Juri_Uluots, lk 22
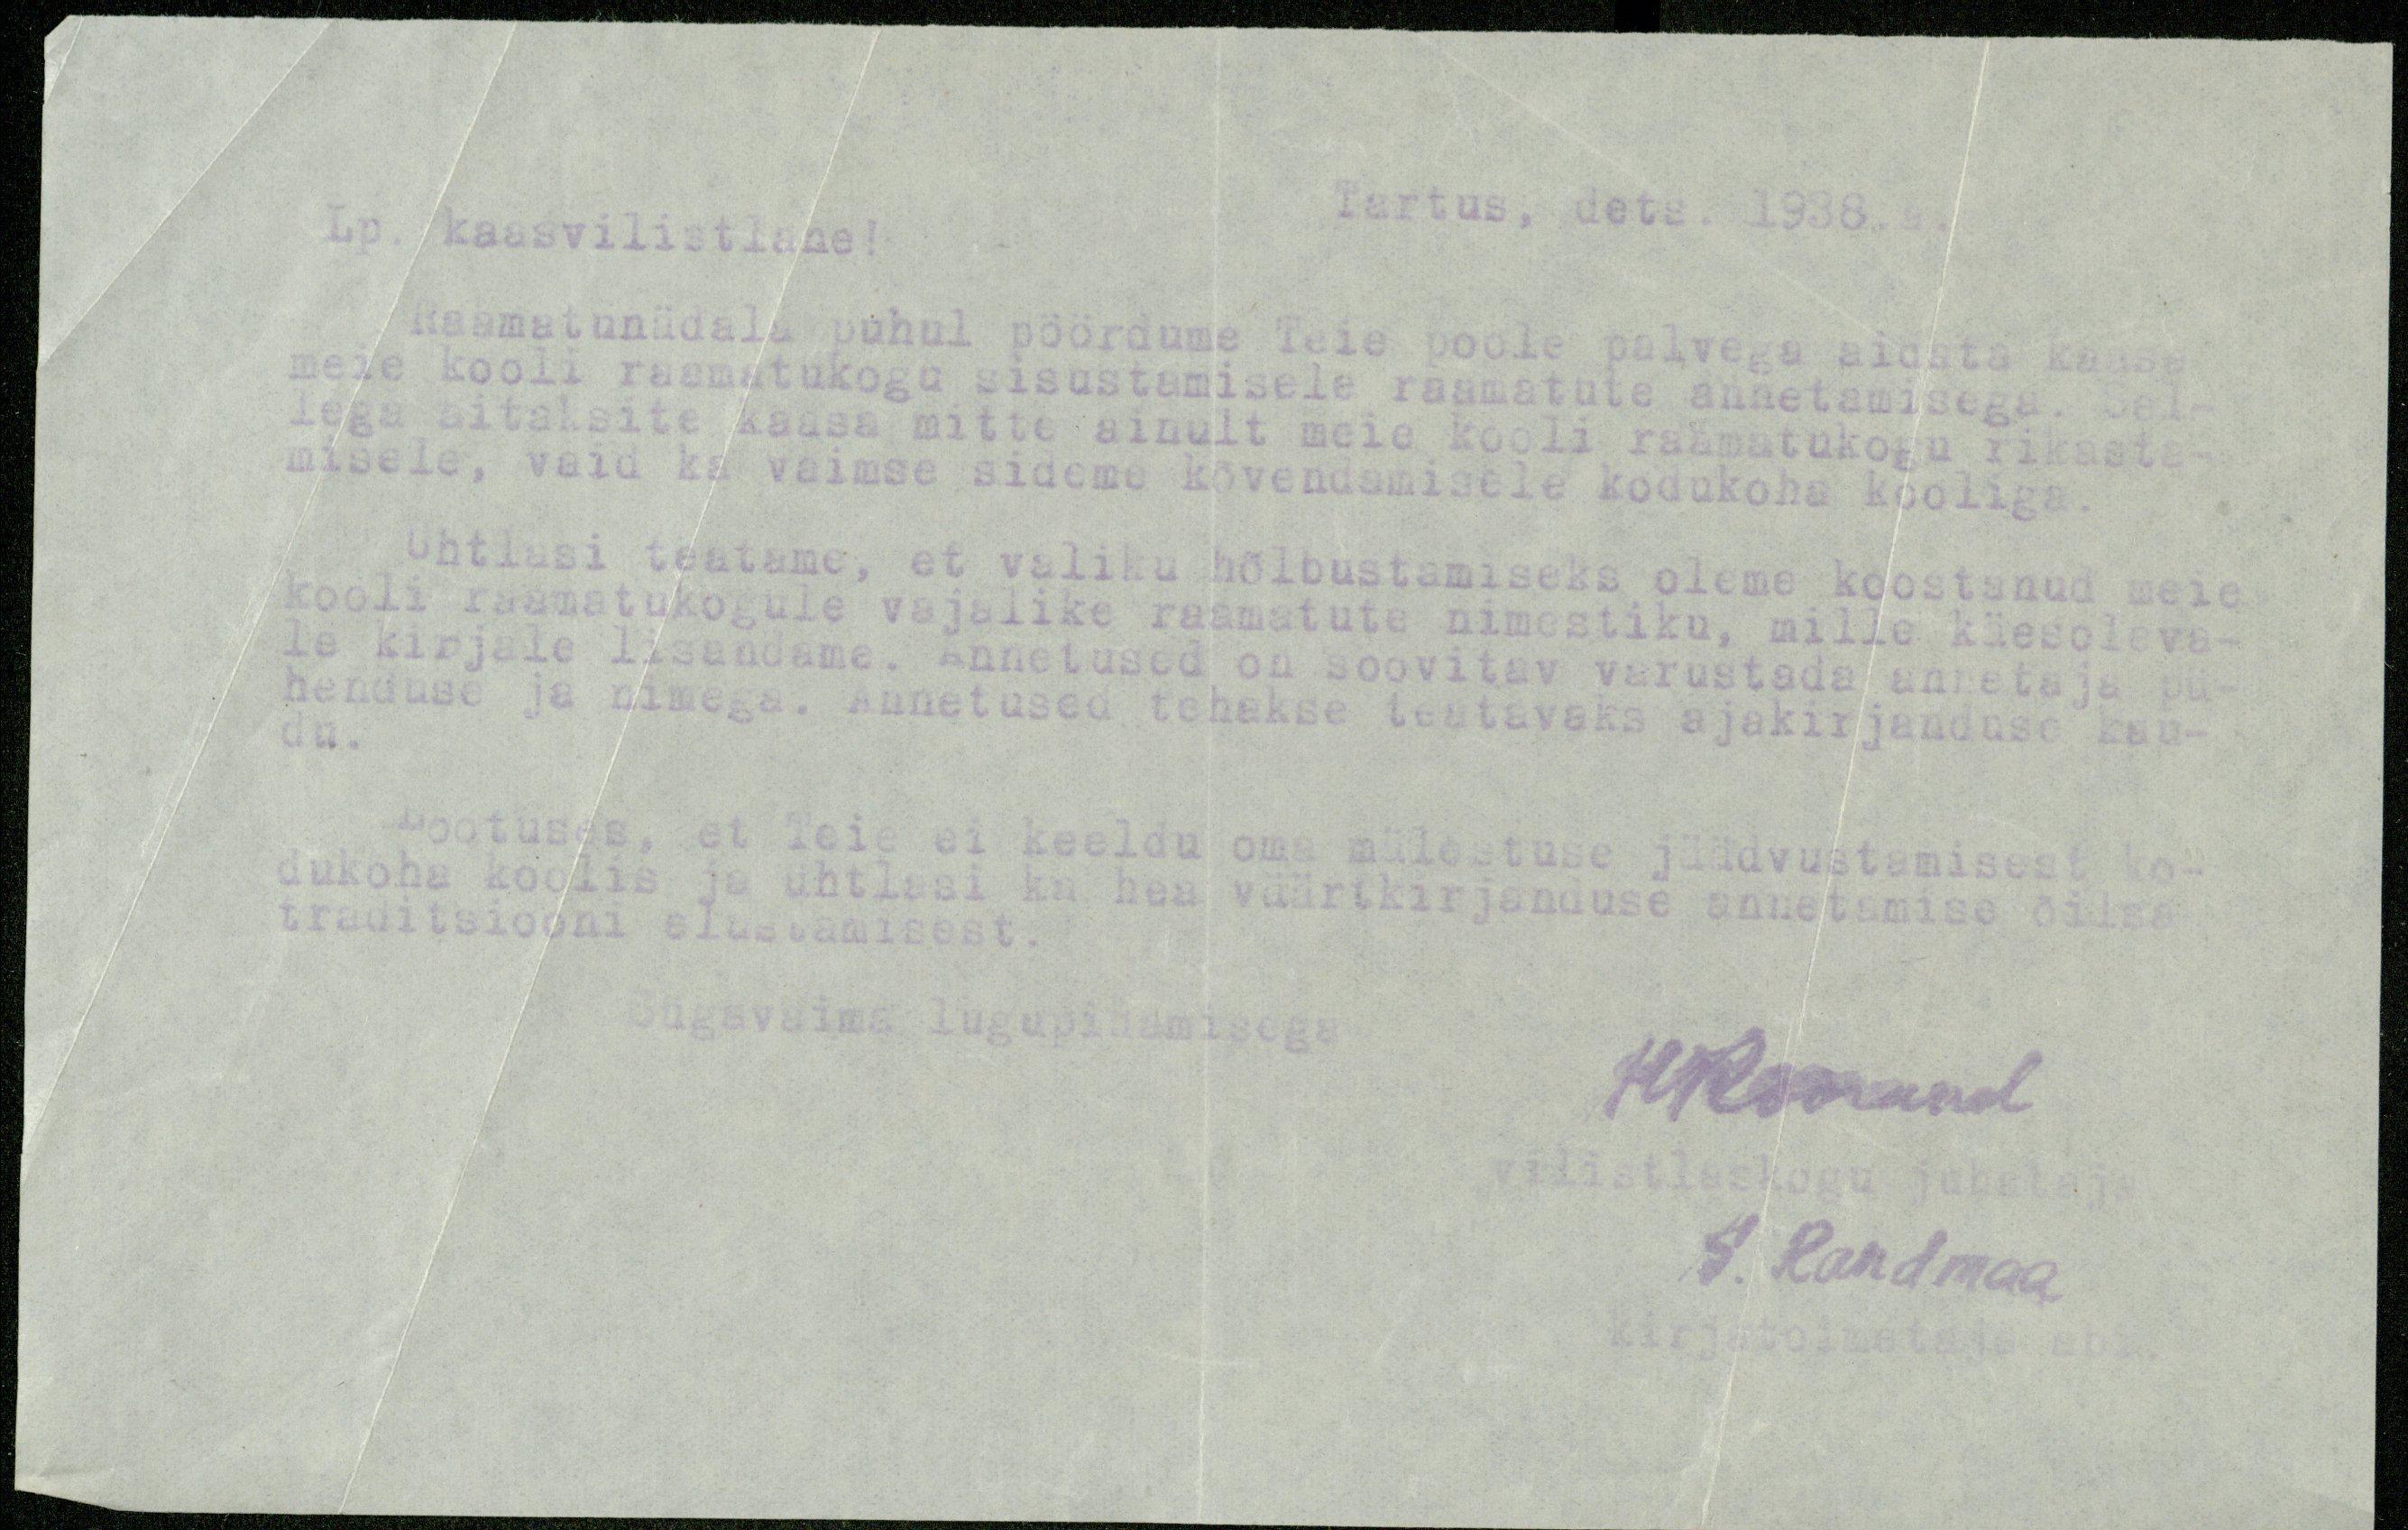
Lp. kaasvilistlane!
Tartus, dets. 1938.
Raamatunädala puhul pöördume Teie poole palvega aidata kaasa
meie kooli raamatukogu sisustamisele raamatute annetamisega. Sel-
lega aitaksite kaasa mitte ainult meie kooli raamatukogu rikasta-
misele, vaid ka vaimse sideme kõvendamisele kodukoha kooliga.
Ühtlasi teatame, et valiku hõlbustamiseks oleme koostanud meie
kooli raamatukogule vajalike raamatute nimestiku, mille käesoleva-
le kirjale lisandame. Annetused on soovitav varustada annetaja pü-
henduse ja nimega. Annetused tehakse teatavaks ajakirjanduse kau-
du.
Lootuses, et Teie ei keeldu oma mälestuse jäädvustamisest ko-
dukoha koolis ja ühtlasi ka hea väärtkirjanduse annetamise õilsa
traditsiooni elustamisest.
Sügavaima lugupidamisega

HKoorand
vilistlaskogu juhataja
S. Randmaa
kirjatoimetaja abi